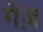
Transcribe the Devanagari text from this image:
गैज़